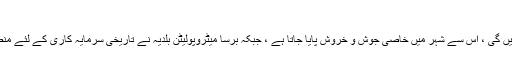
گھریلو کار کے لئے متفقہ
جبکہ گھریلو اور قومی کاریں برسا میں تیار کی جائیں گی ، اس سے شہر میں خاصی جوش و خروش پایا جاتا ہے ، جبکہ برسا میٹروپولیٹن بلدیہ نے تاریخی سرمایہ کاری کے لئے منصوبہ بندی کے ضروری کاموں کو مکمل کرلیا ہے۔